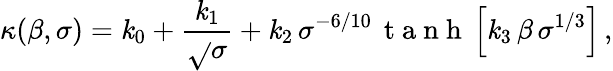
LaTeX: \kappa(\beta,\sigma)=\mathit{k}_{0}+\frac{{\mathit{k}_{1}}}{{\sqrt{}{{\sigma}}}}+\mathit{k}_{2}\, \sigma^{-6/10}\, \mathrm{{~t~a~n~h~}}\left[\mathit{k}_{3}\, \beta\, \sigma^{1/3}\right]\, ,